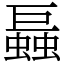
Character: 螶